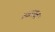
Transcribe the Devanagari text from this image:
स्कल्ज़